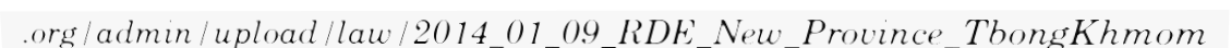
.org/admin/upload/law/2014_01_09_RDE_New_Province_TbongKhmom